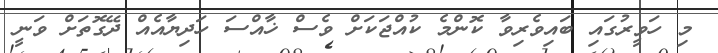
މި ހަވީރުގައި ބައިވެރިވާ ކޮންމެ ކުއްޖަކަށް ވެސް ޚާއްސަ ހަދިޔާއެއް ދޭގޮތަށް ވަނީ